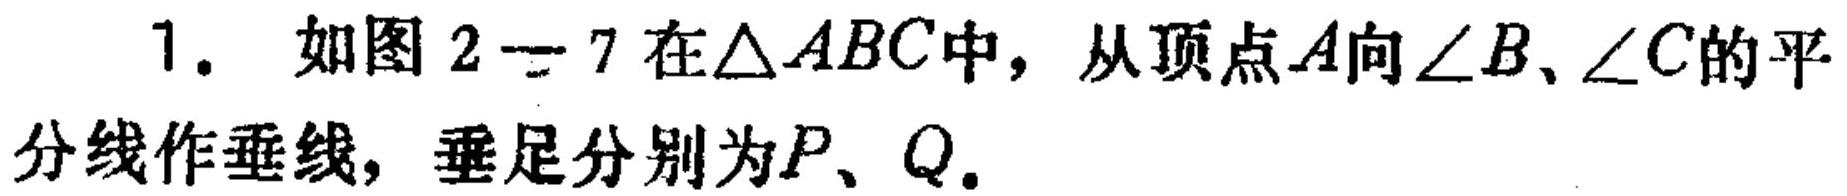
1. 如图$2 - 7$在$\triangle ABC$中，从顶点$A$向$\angle B$、$\angle C$的平分线作垂线，垂足分别为$P$、$Q$.